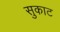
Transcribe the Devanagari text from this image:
सुकाट